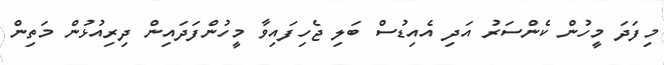
މިފަދަ މީހުން ކެންސަރު އަދި އެއިޑުސް ބަލި ޖެހިފައިވާ މީހުންފަދައިން ދިރިއުޅުން މަތިން